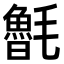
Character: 𣰯